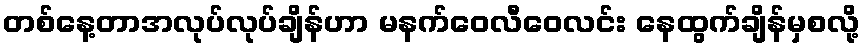
တစ်နေ့တာအလုပ်လုပ်ချိန်ဟာ မနက်ဝေလီဝေလင်း နေထွက်ချိန်မှစလို့